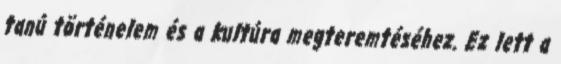
tanú történelem és a kultúra megteremtéséhez. Ez lett a